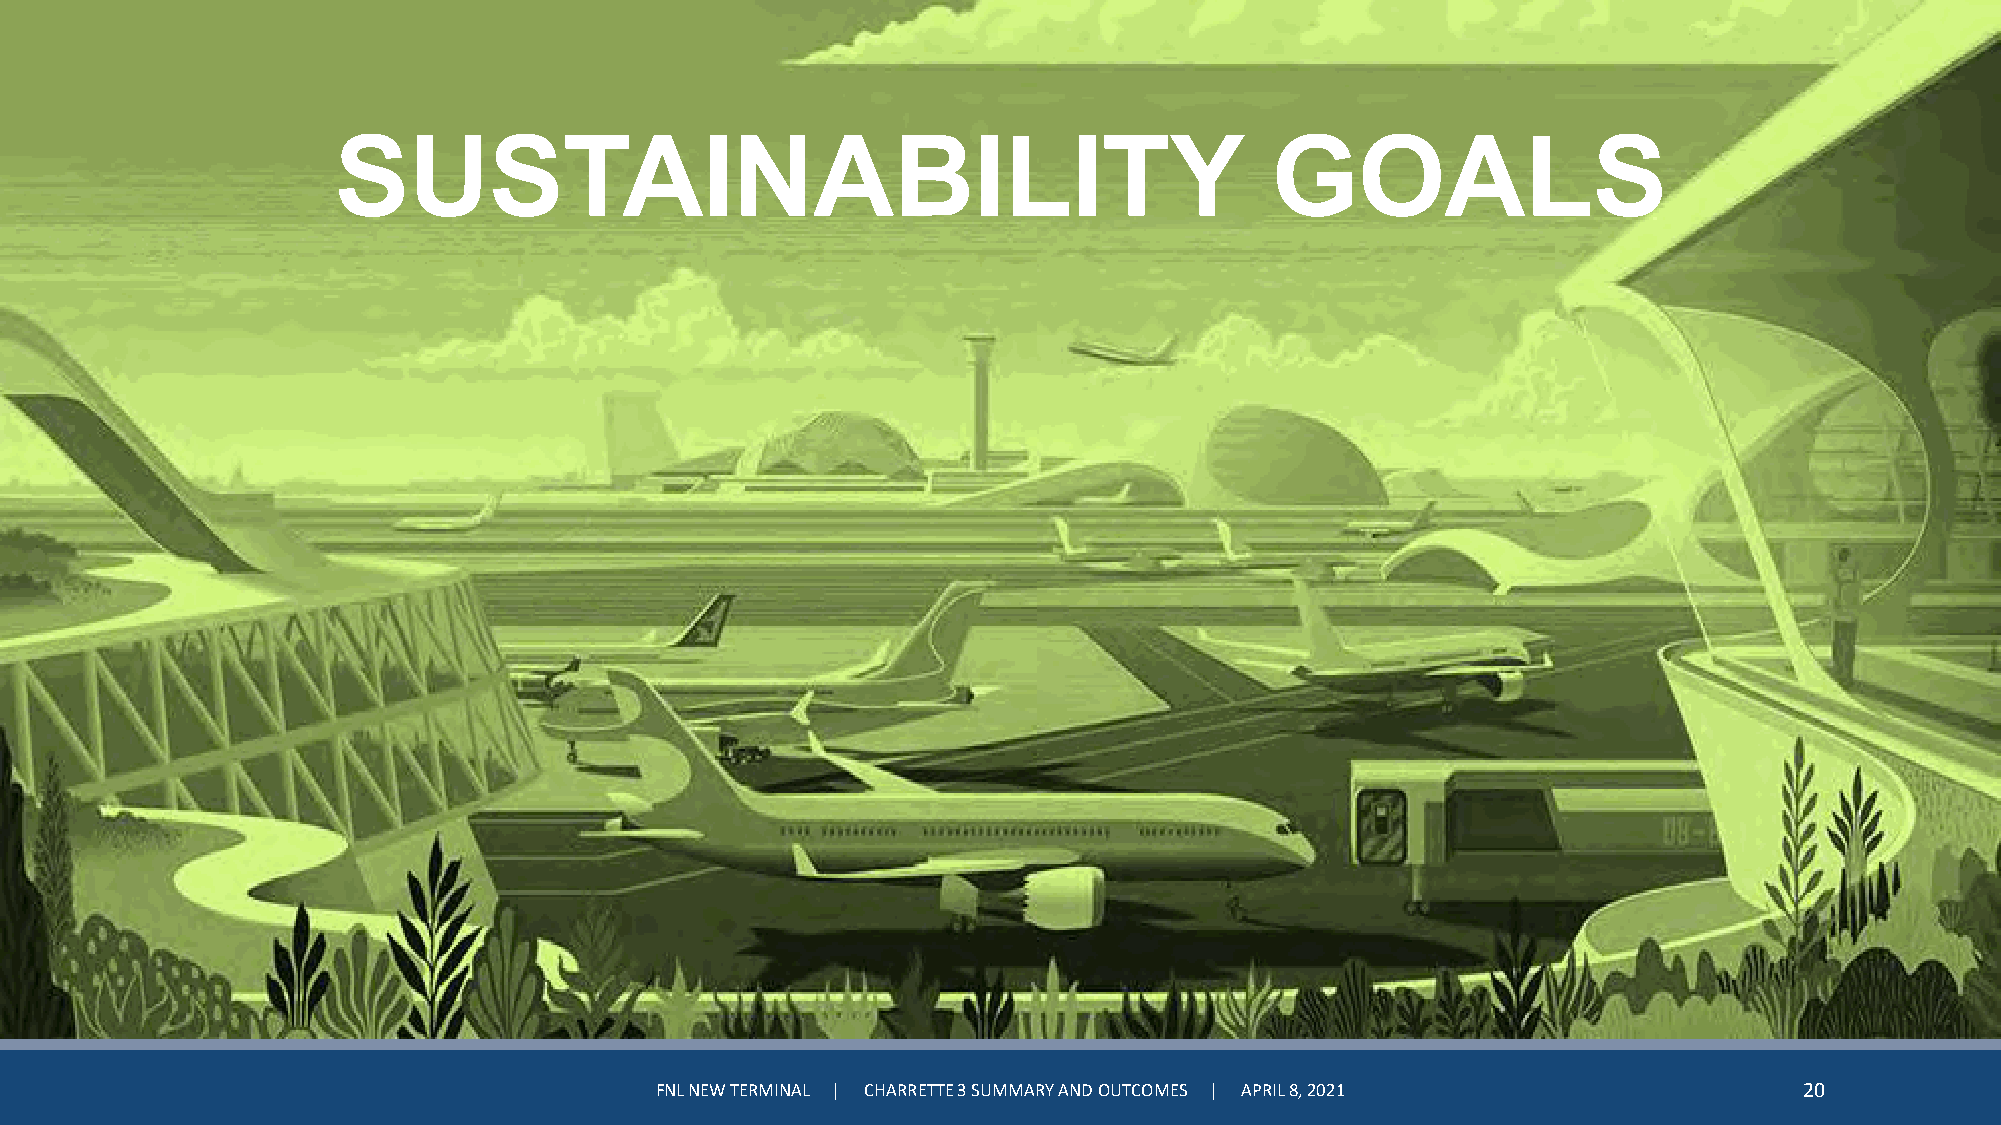
SUSTAINABILITY                                                GOALS
 FNL NEW TERMINAL | CHARRETTE 3 SUMMARY AND OUTCOMES | APRIL 8, 2021         20